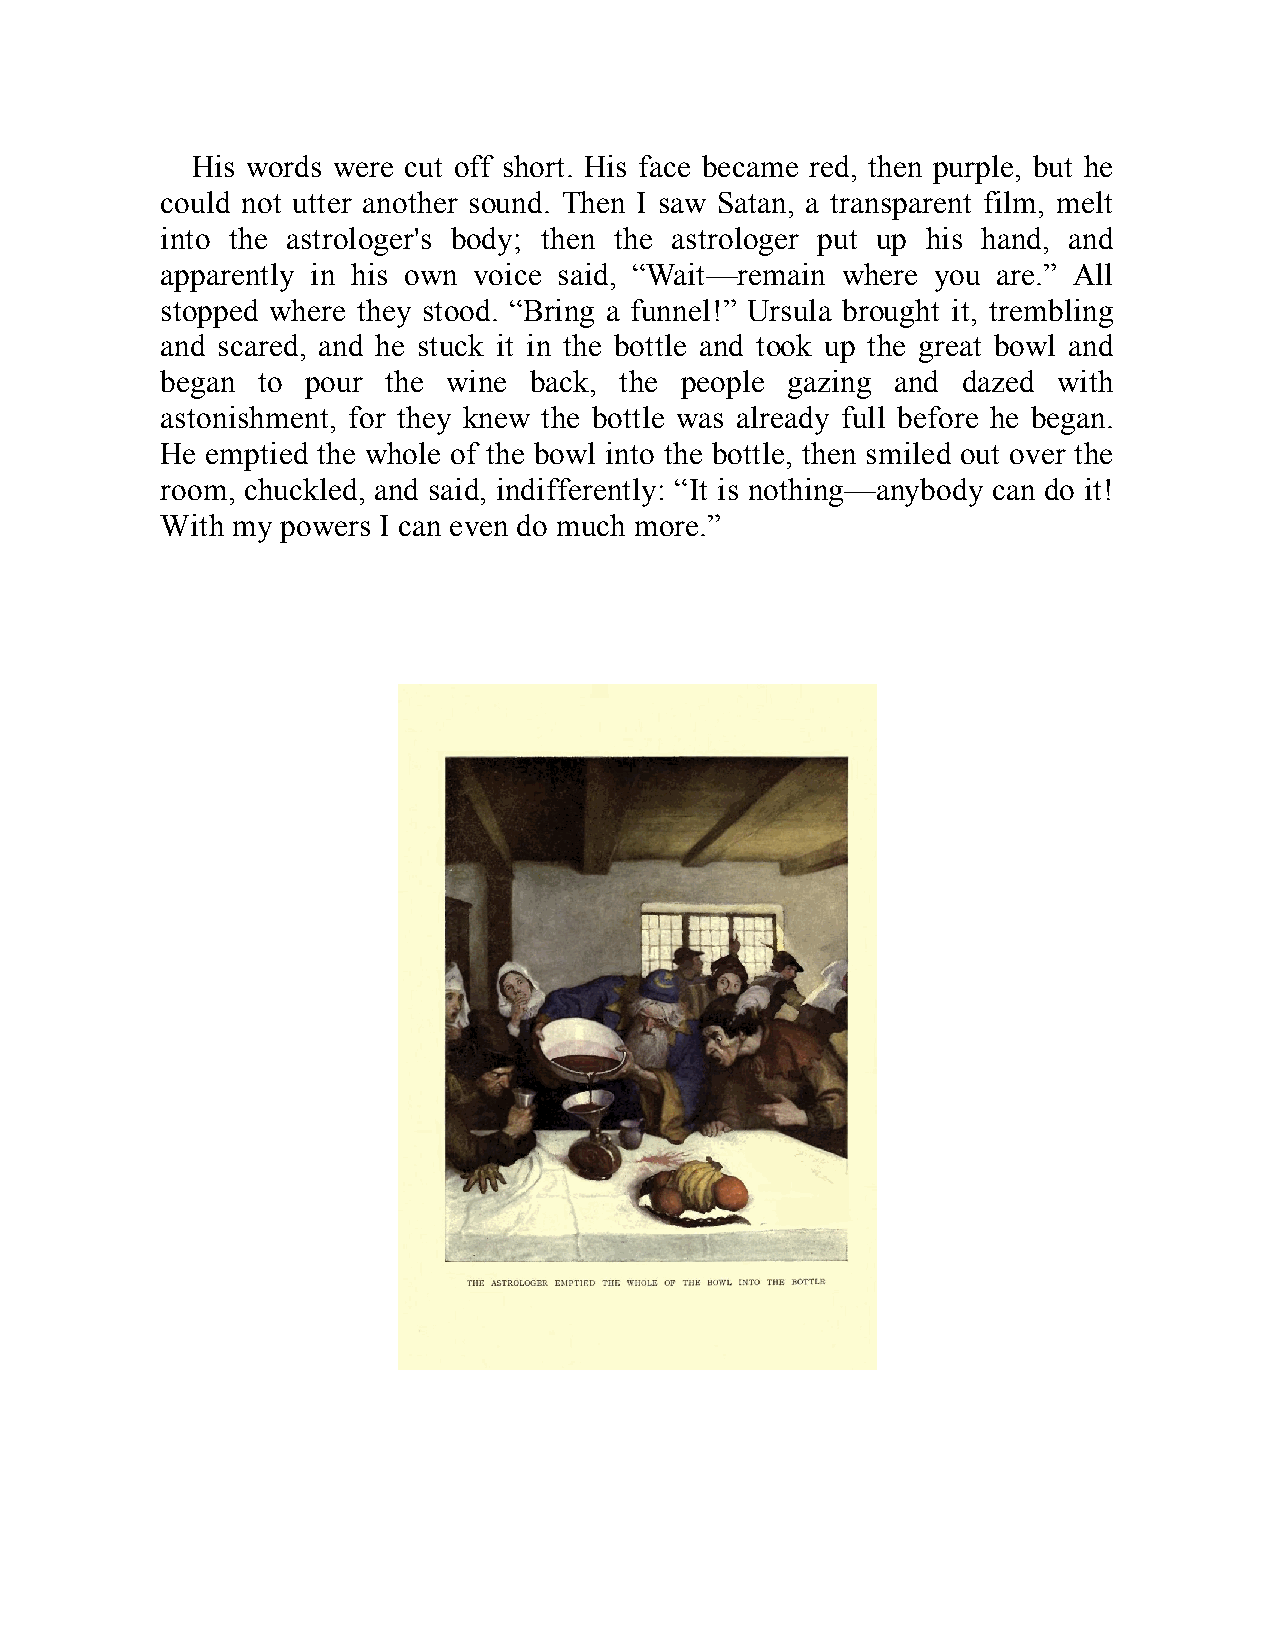
His words were cut off short. His face became red, then purple, but he
 could not utter another sound. Then I saw Satan, a transparent film, melt
 into the astrologer's body; then the astrologer put up his hand, and
 apparently in his own voice said, “Wait—remain where you are.” All
 stopped where they stood. “Bring a funnel!” Ursula brought it, trembling
 and scared, and he stuck it in the bottle and took up the great bowl and
 began to pour the  wine back, the people gazing and  dazed with
 astonishment, for they knew the bottle was already full before he began.
 He emptied the whole of the bowl into the bottle, then smiled out over the
 room, chuckled, and said, indifferently: “It is nothing—anybody can do it!
 With my powers I can even do much more.”